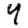
Digit: 4